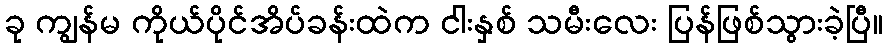
ခု ကျွန်မ ကိုယ်ပိုင်အိပ်ခန်းထဲက ငါးနှစ် သမီးလေး ပြန်ဖြစ်သွားခဲ့ပြီ။